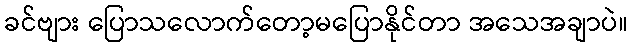
ခင်ဗျား ပြောသလောက်တော့မပြောနိုင်တာ အသေအချာပဲ။